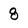
Character: 8